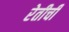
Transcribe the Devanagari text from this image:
रेतीची